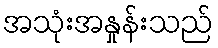
အသုံးအနှုန်းသည်